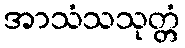
အာသံသသုတ္တံ